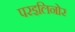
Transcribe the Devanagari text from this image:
परइलिनोर